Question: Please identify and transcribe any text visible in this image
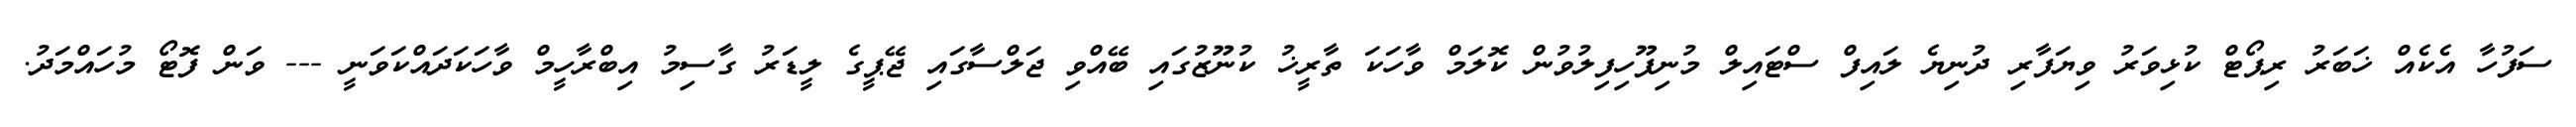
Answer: ސަފުހާ އެކެއް ޚަބަރު ރިޕޯޓް ކުޅިވަރު ވިޔަފާރި ދުނިޔެ ލައިފް ސްޓައިލް މުނިފޫހިފިލުވުން ކޮލަމް ވާހަކަ ތާރީޚު ކުނޫޒުގައި ބޭއްވި ޖަލްސާގައި ޖޭޕީގެ ލީޑަރު ގާސިމު އިބްރާހީމް ވާހަކަދައްކަވަނީ --- ވަން ފޮޓޯ މުހައްމަދު.